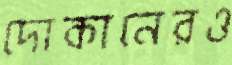
দোকানেরও